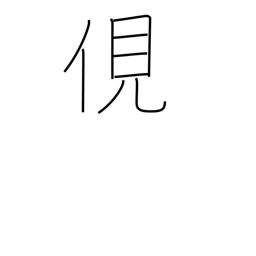
Meaning: spy on